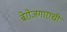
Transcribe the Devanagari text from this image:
बेरोजगाराची